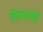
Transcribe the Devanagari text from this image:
बिल्डरची